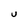
Character: U